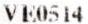
VE0514